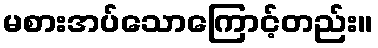
မစားအပ်သောကြောင့်တည်း။